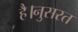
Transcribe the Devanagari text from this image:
है।नुसरत